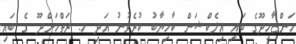
ހަންޏާމީދޫގެ ބައި އިލެކްޝަން ކާމިޔާބު ކުރެވުނު އަދި މ. ރަތްމަންދޫ ގެ ބައި